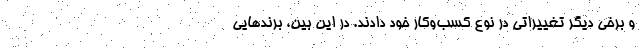
و برخی دیگر تغییراتی در نوع کسب‌وکار خود دادند. در این بین، برندهایی